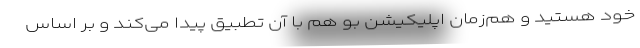
خود هستید و هم‌زمان اپلیکیشن بو هم با آن تطبیق پیدا می‌کند و بر اساس